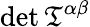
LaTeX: \operatorname*{det}{\mathfrak{T}}^{\alpha\beta}